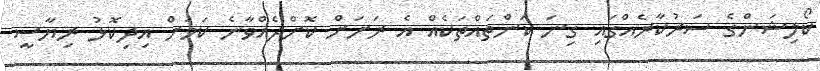
ކޯލިޝަންގެ ސަރުކާރެއްގައި ގިނަ ކަންތައްތަކެއް އެ ރަށަށް ކޮށްދެއްވާނެ ކަމަށް އިދިކޮޅު ރިޔާސީ